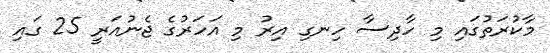
މާކުރަތުގައި މި ހާދިސާ ހިނގި އިރު މި އަހަރުގެ ޖެނުއަރީ 25 ގައި